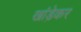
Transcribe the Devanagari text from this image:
खांड़ेकर